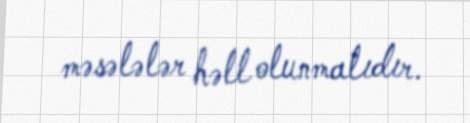
məsələlər həll olunmalıdır.